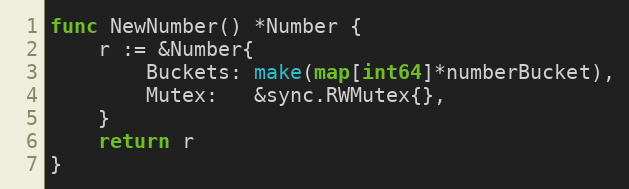
Language: Go
func NewNumber() *Number {
	r := &Number{
		Buckets: make(map[int64]*numberBucket),
		Mutex:   &sync.RWMutex{},
	}
	return r
}